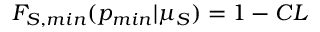
F _ { S , m i n } ( p _ { m i n } | \mu _ { S } ) = 1 - C L